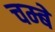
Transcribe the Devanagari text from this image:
चम्बे